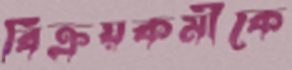
বিক্রয়কর্মীকে